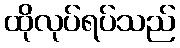
ထိုလုပ်ရပ်သည်